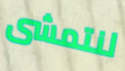
لنتمشى